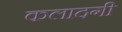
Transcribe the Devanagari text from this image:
कलादगी